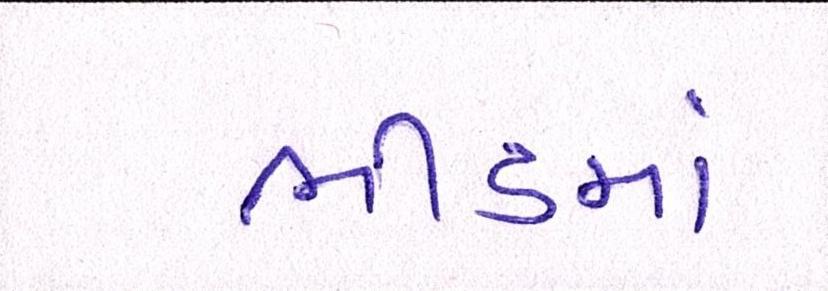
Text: ભીડમાં